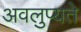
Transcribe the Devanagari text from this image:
अवलुप्यते